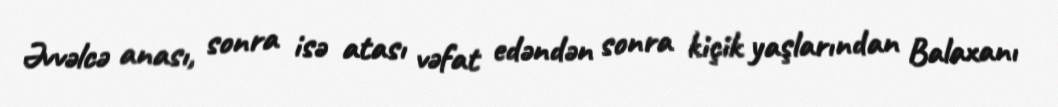
Əvvəlcə anası, sonra isə atası vəfat edəndən sonra kiçik yaşlarından Balaxanı